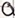
Text: Q